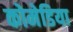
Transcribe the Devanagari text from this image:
कोमेडिया